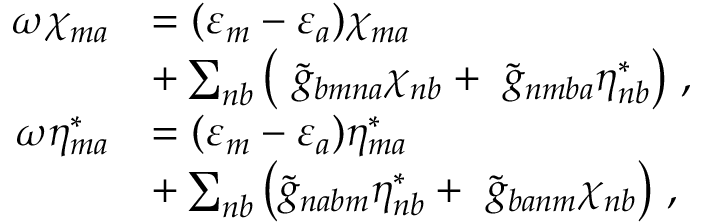
\begin{array} { r l } { \omega \chi _ { m a } } & { = ( \varepsilon _ { m } - \varepsilon _ { a } ) \chi _ { m a } } \\ & { + \sum _ { n b } \left( \ \tilde { g } _ { b m n a } \chi _ { n b } + \ \tilde { g } _ { n m b a } \eta _ { n b } ^ { * } \right) \, , } \\ { \omega \eta _ { m a } ^ { * } } & { = ( \varepsilon _ { m } - \varepsilon _ { a } ) \eta _ { m a } ^ { * } } \\ & { + \sum _ { n b } \left( \tilde { g } _ { n a b m } \eta _ { n b } ^ { * } + \ \tilde { g } _ { b a n m } \chi _ { n b } \right) \, , } \end{array}